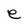
Character: e